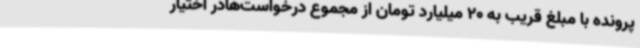
پرونده با مبلغ قریب به 20 میلیارد تومان از مجموع درخواست‌هادر اختیار